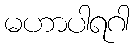
မဟာပါရဂါ